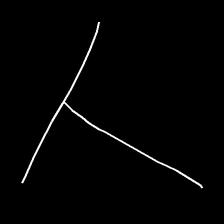
Glyph: column